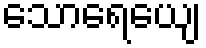
သောရေယျေ